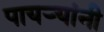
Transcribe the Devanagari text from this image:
पायर्‍यांनी